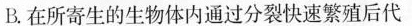
B.在所寄生的生物体内通过分裂快速繁殖后代